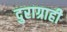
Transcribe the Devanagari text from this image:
दुराग्राही